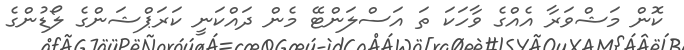
ކޮން މަޝްވަރާ އެއްގެ ވާހަކަ ތަ އަސްލަންޓޭ މެން ދައްކަނީ ކަރަޕްޝަންގެ ލޯޑުންގެ